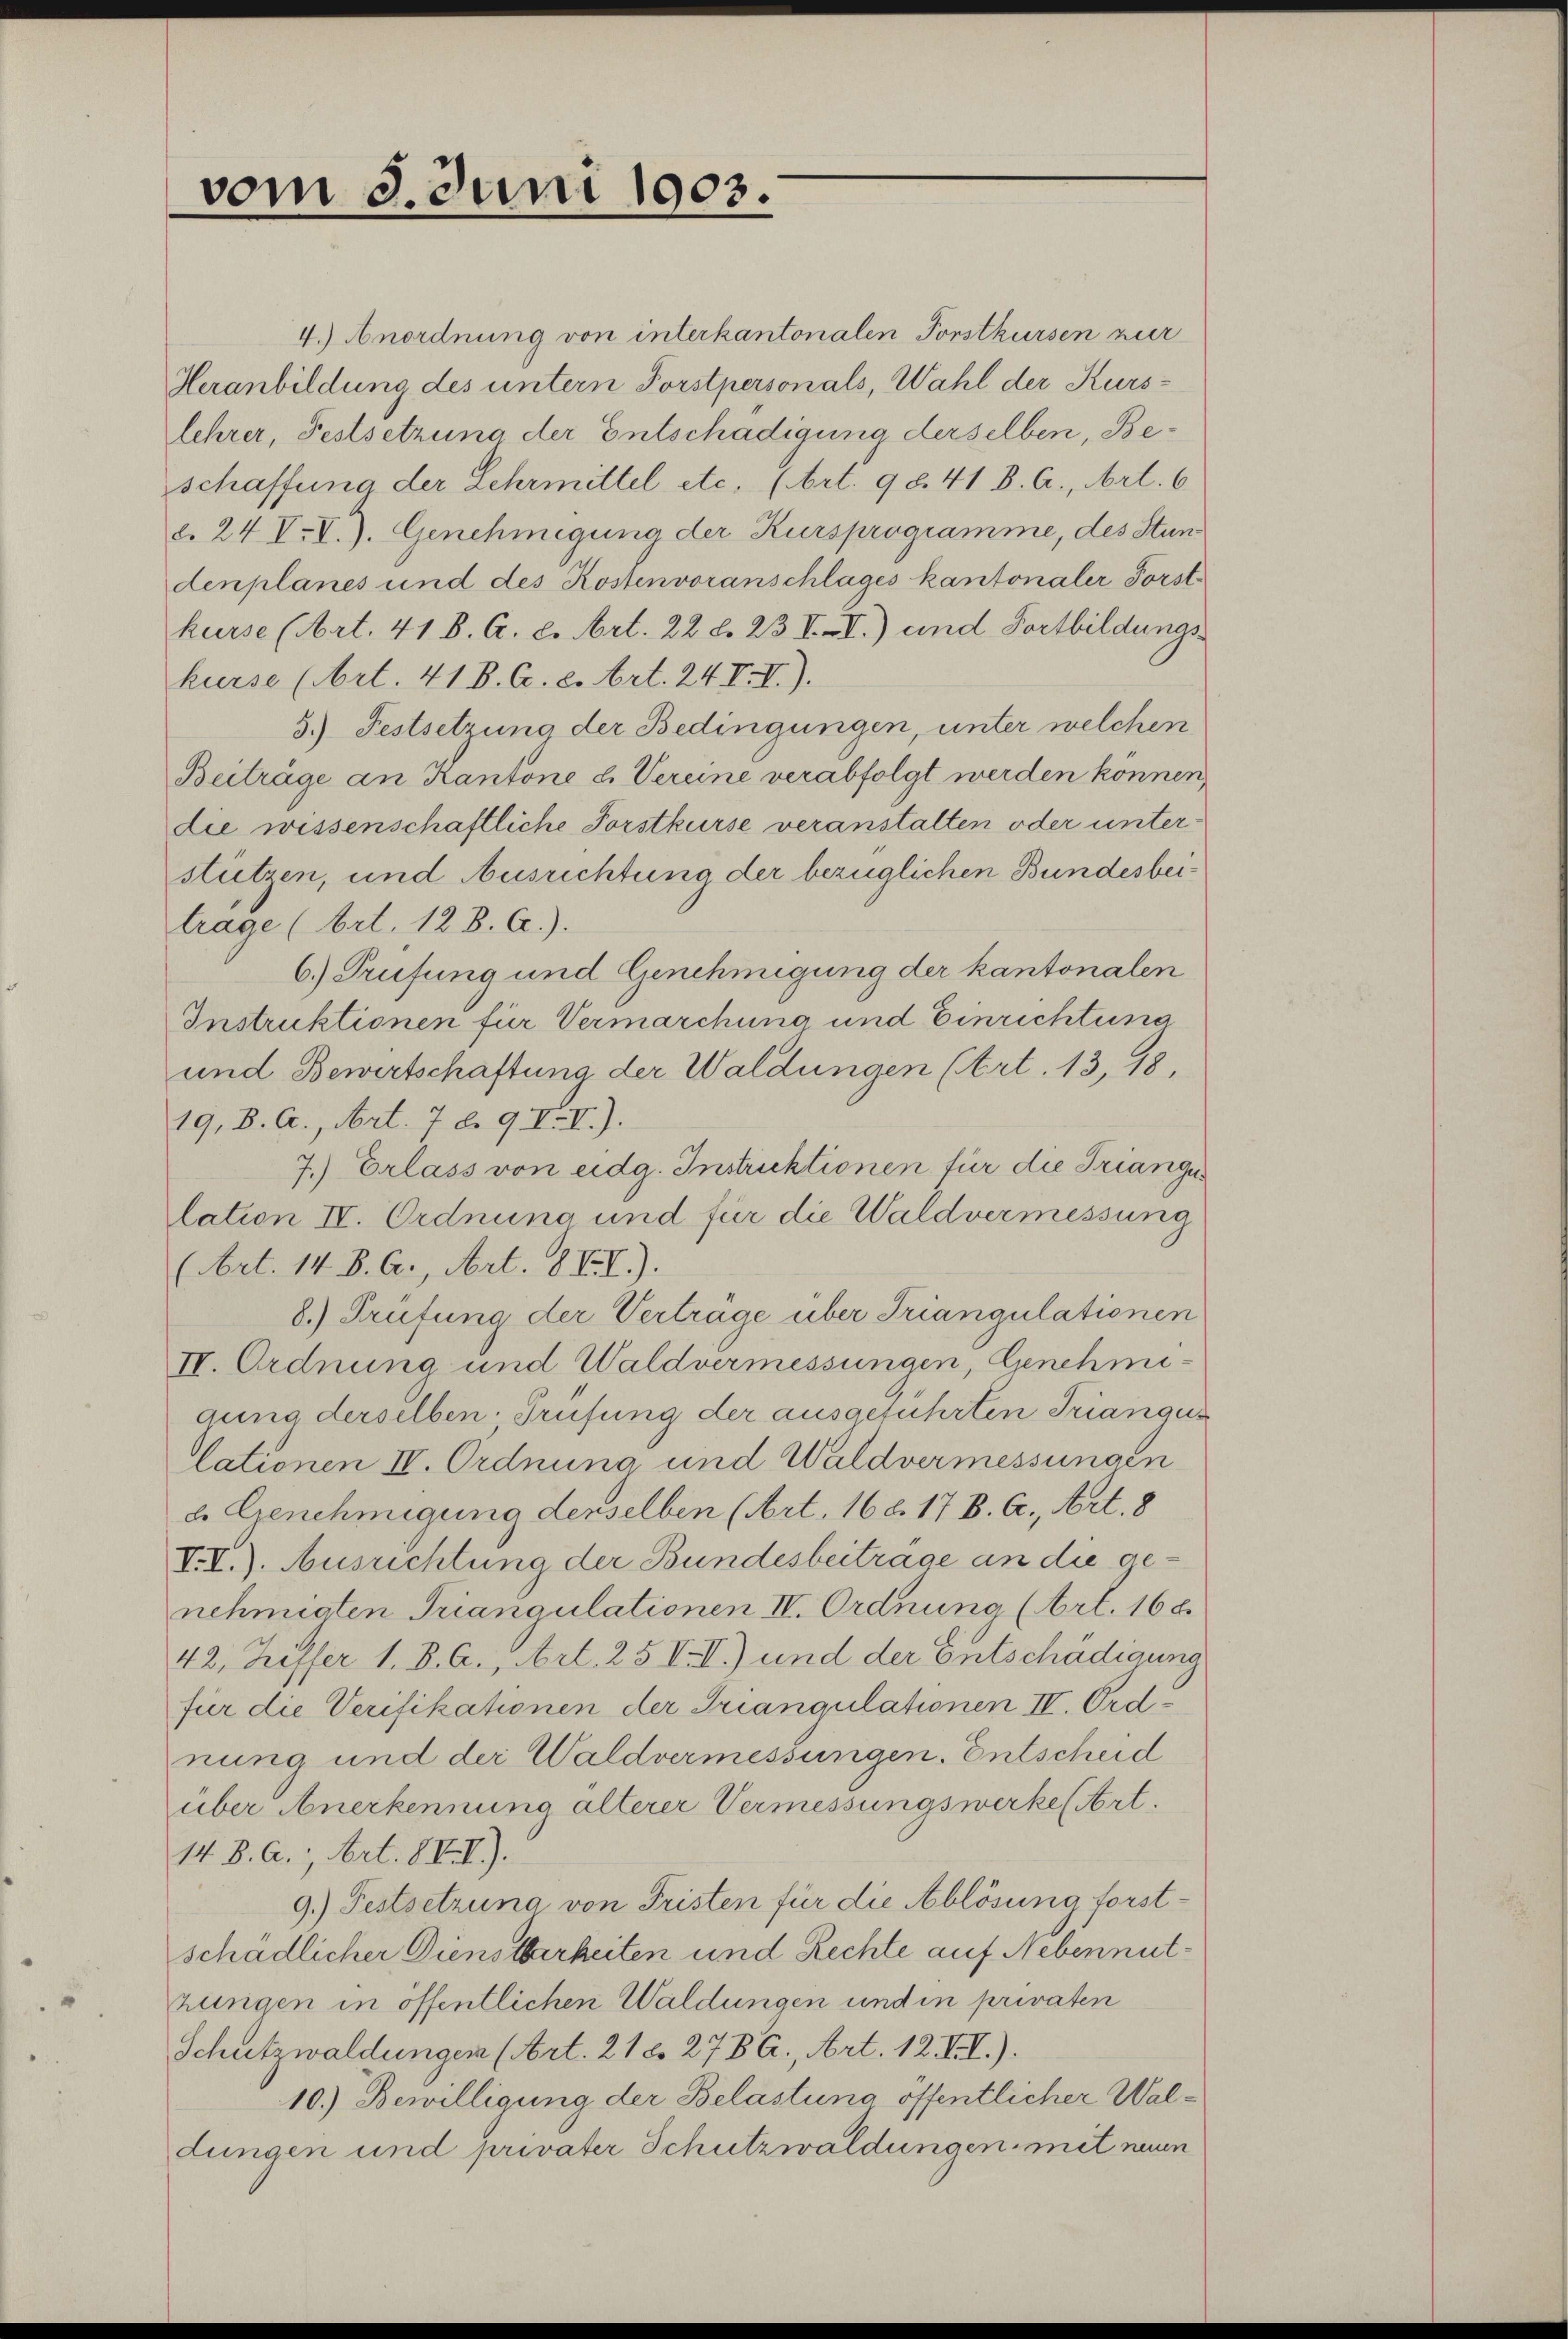
vom 3. Juni 1903.

4.) Anordnung von interkantonalen Forstkursen zur
Heranbildung des untern Forstpersonals, Wahl der Kurs-
lehrer, Festsetzung der Entschädigung derselben, Beschaffung der Lehrmittel etc. (Art. 98. 41 B. A., Art. 6
c. 24 V.V.). Genehmigung der Kursprogramme, des Stundenplanes und des Kostenvoranschlages kantonaler Forstkurse (Art. 41 B. C. c. Art. 22 d. 23. II.) und Fortbildungs-
kurse (Art. 41 B. C. c. Art. 24 II).
5.) Festsetzung der Bedingungen, unter welchen
Beiträge an Kantone u. Vereine verabfolgt werden können,
die wissenschaftliche Forstkurse veranstalten oder unterstützen, und Ausrichtung der bezüglichen Bundesbeitrage (Art. 128. A.).
6.) Prüfung und Genehmigung der kantonalen
Instruktionen für Vermarchung und Einrichtung
und Bewirtschaftung der Waldungen (Art. 13, 18,
19, B. C., Art. 7 l. 9 VV.).
7.) Erlass von eidg. Instruktionen für die Triangus
lation IV. Ordnung und für die Waldvermessung
(Art. 14. B. C., Art. XXII).
8.) Prüfung der Vertrage über Triangulationen
IV. Ordnung und Waldvermessungen, Genehmigung derselben. Prüfung der ausgeführten Triangus
lationen IV. Ordnung und Waldvermessungen
e Genehmigung derselben (Art. 168. 17 B. G., Art. 8
V.I.). Ausrichtung der Bundesbeiträge an die genehmigten Triangulationen IV. Ordnung (Art. 16 x
42, Ziffer 1. B. G., Art. 25 V.I.) und der Entschädigung
für die Verifikationen der Triangulationen IV. Ordnung und der Waldvermessungen. Entscheid
über Anerkennung älterer Vermessungswerke (Art.
14. d. A., Art. 8 XXI).
9.) Festsetzung von Fristen für die Ablösung forstschädlicher Dienstbarkeiten und Rechte auf Nebennuthungen in öffentlichen Waldungen und in privaten
Schutzwaldungen (Art. 21 c. 278 A., Art. 12. VII.).
10.) Bewilligung der Belastung öffentlicher Waldungen und privater Schutzwaldungen mit neuen